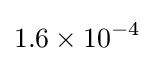
1.6\times 10^{-4}